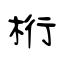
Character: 桁